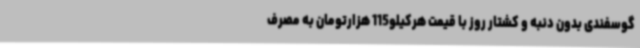
گوسفندی بدون دنبه و کشتار روز با قیمت هرکیلو115 هزارتومان به مصرف